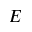
E